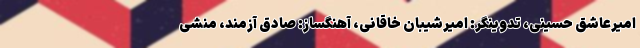
امیرعاشق حسینی، تدوینگر: امیرشیبان خاقانی، آهنگساز: صادق آزمند، منشی